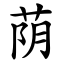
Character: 荫